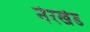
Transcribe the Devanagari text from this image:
नेरखेड